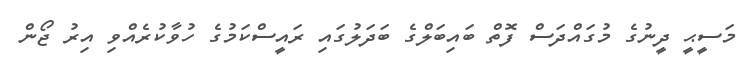
މަސީޙީ ދީނުގެ މުގައްދަސް ފޮތް ބައިބަލްގެ ބަދަލުގައި ރައީސްކަމުގެ ހުވާކުރެއްވި އިރު ޖޯން